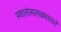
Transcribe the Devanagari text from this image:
स्वातंत्र्यलढ्यातले